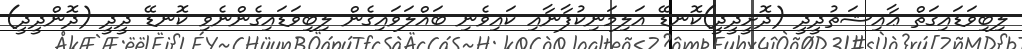
ލިބިވަޑައިގަތް ޢާއިޝަތުދީދީ (ދޮށީދީދީ)ކޮނޑޭ އަލިމަނިކުފާނާއި ކައިވެނި ބައްލަވައިގެން ލިބިވަޑައިގެންނެވި ކޮނޑޭ ދީދީ (ދޮންދީދީ)